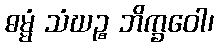
ဓမ္မံ သံဃဉ္စ ဘိက္ခဝေါ၊